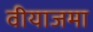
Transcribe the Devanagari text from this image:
वीयाजमा